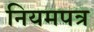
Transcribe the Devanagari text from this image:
नियमपत्र